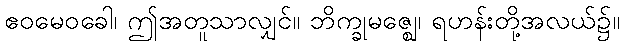
ဧဝမေဝခေါ၊ ဤအတူသာလျှင်။ ဘိက္ခုမဇ္ဈေ၊ ရဟန်းတို့အလယ်၌။